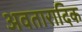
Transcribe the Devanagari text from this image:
अवतारादिक